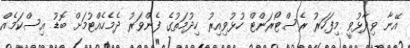
އޭނާ ވިދާޅުވީ މިފަހަރު ރެސްޓޯރަންޓް ހުޅުވިއިރު ހިދުމަތުގެ ފެންވަރު ދެމެހެއްޓުމަށް ބޮޑު އިސްކަމެއް